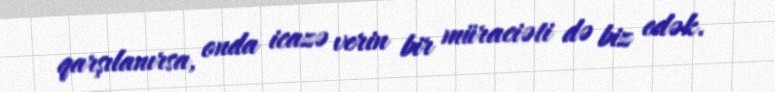
qarşılanırsa, onda icazə verin bir müraciəti də biz edək.